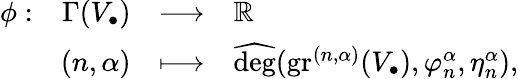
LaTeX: \begin{array}{r}{\begin{array}{lrcl}{\phi:}&{\Gamma(V_{\bullet})}&{\longrightarrow}&{{\mathbb{R}}}\\ &{(n,\alpha)}&{\longmapsto}&{\widehat{\deg}(\operatorname{gr}^{(n,\alpha)}(V_{\bullet}),\varphi_{n}^{\alpha},\eta_{n}^{\alpha}),}\end{array}}\end{array}